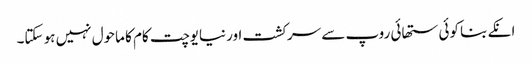
انکے بنا کوئی ستھائی روپ سے سرکشت اور نیایوچت کام کا ماحول نہیں ہو سکتا۔